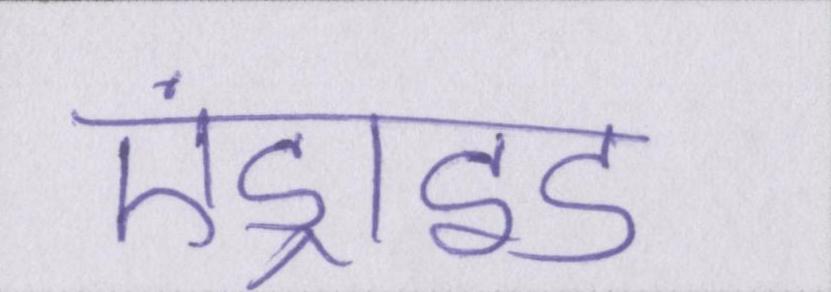
एंड्राइड